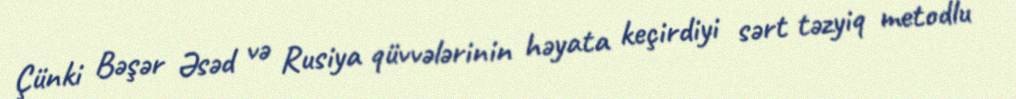
Çünki Bəşər Əsəd və Rusiya qüvvələrinin həyata keçirdiyi sərt təzyiq metodlu